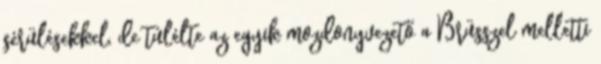
sérülésekkel, de túlélte az egyik mozdonyvezető a Brüsszel melletti